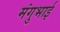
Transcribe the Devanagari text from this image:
मंगुभाई